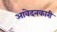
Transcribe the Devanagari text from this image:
आवेदनकारी